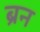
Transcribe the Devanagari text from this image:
ब्रन